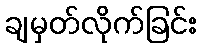
ချမှတ်လိုက်ခြင်း